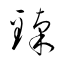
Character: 臻